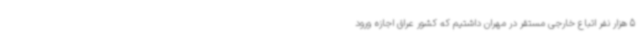
5 هزار نفر اتباع خارجی مستقر در مهران داشتیم که کشور عراق اجازه ورود